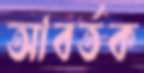
আবর্তক